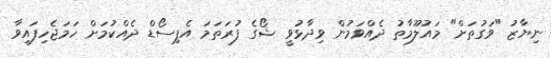
ނިޔާޒު "ވަގުތަށް" މައުލޫމާތު ދެއްވަމުން ވިދާޅުވީ ޝޯގެ ފުރަތަމަ އެޕިސޯޑް ދެއްކުމަށް ހަމަޖެހިފައިވާ